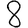
Digit: 8